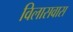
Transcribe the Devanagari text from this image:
विलासवास